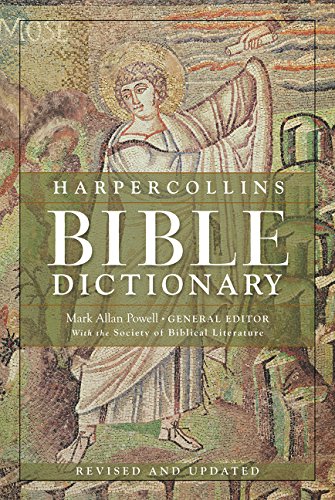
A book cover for HarperCollins Bible Dictionary - Revised & Updated; Mark Allan Powell; Reference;